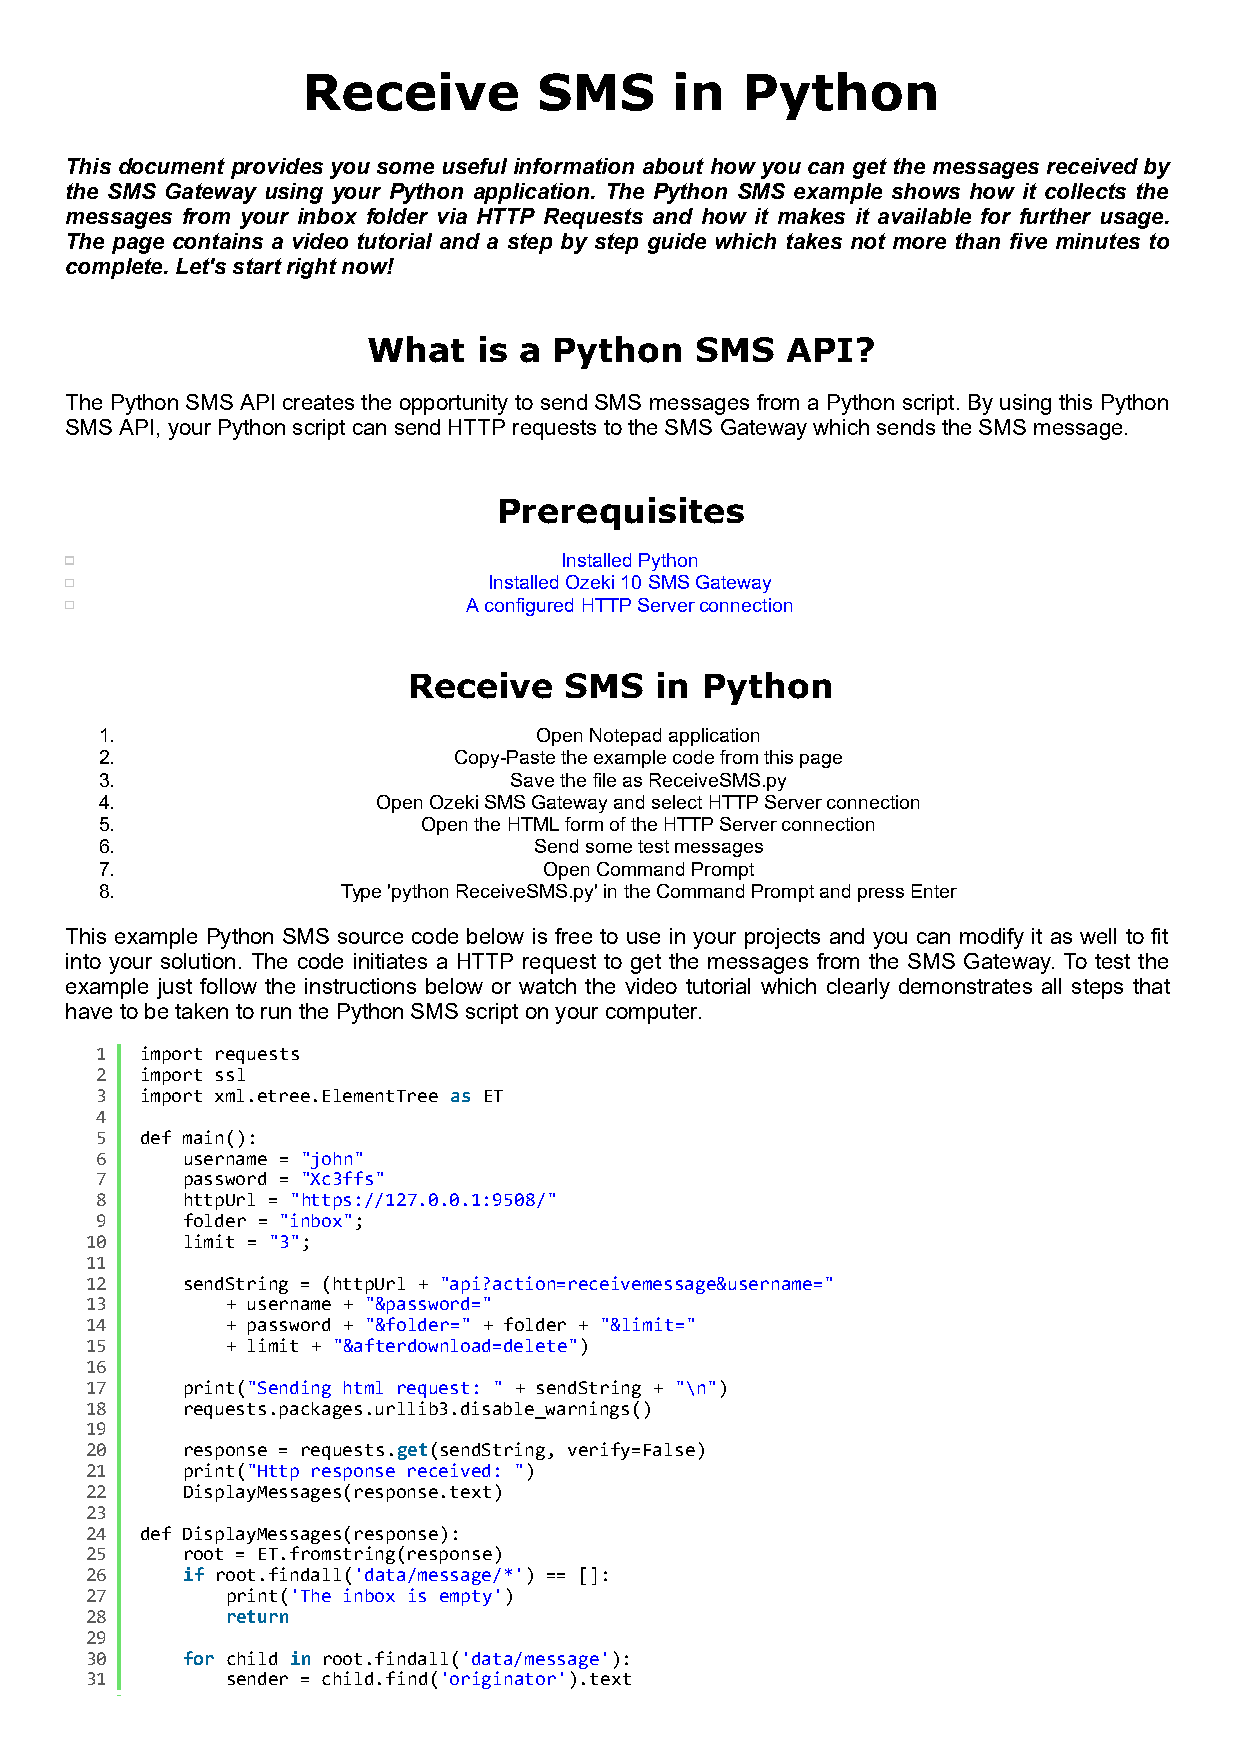
Receive         SMS      in  Python
 This document provides you some useful information about how you can get the messages received by
 the SMS Gateway using your Python application. The Python SMS example shows how it collects the
 messages from your inbox folder via HTTP Requests and how it makes it available for further usage.
 The page contains a video tutorial and a step by step guide which takes not more than five minutes to
 complete. Let's start right now!
 What    is a Python   SMS   API?
 The Python SMS API creates the opportunity to send SMS messages from a Python script. By using this Python
 SMS API, your Python script can send HTTP requests to the SMS Gateway which sends the SMS message.
 Prerequisites
 Installed Python
 Installed Ozeki 10 SMS Gateway
 A configured HTTP Server connection
 Receive   SMS   in Python
 1.                          Open Notepad application
 2.                     Copy-Paste the example code from this page
 3.                         Save the file as ReceiveSMS.py
 4.                Open Ozeki SMS Gateway and select HTTP Server connection
 5.                   Open the HTML form of the HTTP Server connection
 6.                          Send some test messages
 7.                           Open Command Prompt
 8.              Type 'python ReceiveSMS.py' in the Command Prompt and press Enter
 This example Python SMS source code below is free to use in your projects and you can modify it as well to fit
 into your solution. The code initiates a HTTP request to get the messages from the SMS Gateway. To test the
 example just follow the instructions below or watch the video tutorial which clearly demonstrates all steps that
 have to be taken to run the Python SMS script on your computer.
 1  import requests
 2  import ssl
 3  import xml.etree.ElementTree as ET
 4
 5  def main():
 6     username = "john"
 7     password = "Xc3ffs"
 8     httpUrl = "https://127.0.0.1:9508/"
 9     folder = "inbox";
 10    limit = "3";
 11
 12    sendString = (httpUrl + "api?action=receivemessage&username="
 13       + username + "&password="
 14       + password + "&folder=" + folder + "&limit="
 15       + limit + "&afterdownload=delete")
 16
 17    print("Sending html request: " + sendString + "\n")
 18    requests.packages.urllib3.disable_warnings()
 19
 20    response = requests.get(sendString, verify=False)
 21    print("Http response received: ")
 22    DisplayMessages(response.text)
 23
 24 def DisplayMessages(response):
 25    root = ET.fromstring(response)
 26    if root.findall('data/message/*') == []:
 27       print('The inbox is empty')
 28       return
 29
 30    for child in root.findall('data/message'):
 31       sender = child.find('originator').text